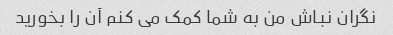
نگران نباش من به شما کمک می کنم آن را بخورید